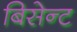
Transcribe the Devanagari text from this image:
बिसेन्ट